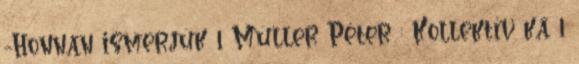
-Honnan ismerjük 1 Müller Péter : Kollektív ká 1